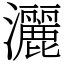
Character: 灑